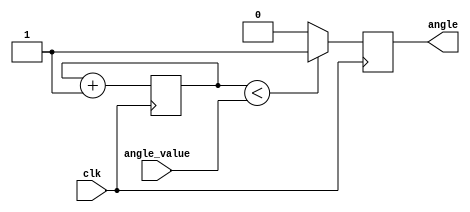
`timescale 1ns / 1ps
//////////////////////////////////////////////////////////////////////////////////
// Company: 
// Engineer: 
// 
// Design Name: 
// Module Name: Servo_pwm
// Project Name: 
// Target Devices: 
// Tool Versions: 
// Description: 
// 
// Dependencies: 
// 
// Revision:
// Revision 0.01 - File Created
// Additional Comments:
// 
//////////////////////////////////////////////////////////////////////////////////

 module Servo_PWM(
   input clk,
   input[17:0] angle_value,
   output reg angle = 0
// input[3:0] value
   );
    
//  reg[17:0] angle_value;

//  always @(*)
//   case(value) 
//   4'd1: angle_value = 18'd240000; //230000;  //0 degree
//   4'd2: angle_value = 18'd200000; //190000;  //30 degree
//   4'd3: angle_value = 18'd145000; //150000; //90 degree
//   4'd4: angle_value = 18'd110000; //135 degree
//   4'd5: angle_value = 18'd95000; //150 degree
//   4'd6: angle_value = 18'd65000; //70000; //180 degree
//   default: angle_value = 18'd0;   
//   endcase

  reg [20:0] count = 0;
   always@(posedge clk)
	begin
		count <= count + 1;
        
        if (count<angle_value)
         angle <= 1;
     
        else 
        angle <= 0;
   end   
    
  endmodule